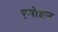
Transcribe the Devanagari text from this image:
एमोशन